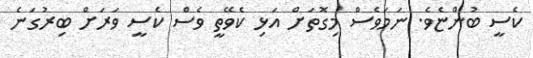
ކެސީ ބުންޏެވެ. ނަމަވެސް މިގޮތަށް އަޅި ކެވޭތީ ވެސް ކެސީ ވަރަށް ބިރުގަނެ